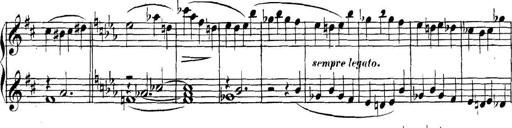
Title: Collected Piano Sonatas
Composer: Muzio Clementi